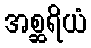
အစ္ဆရိယံ